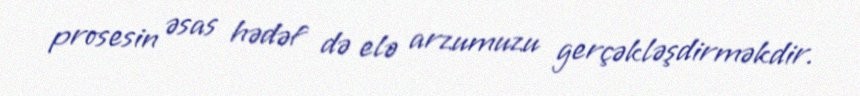
prosesin əsas hədəf də elə arzumuzu gerçəkləşdirməkdir.